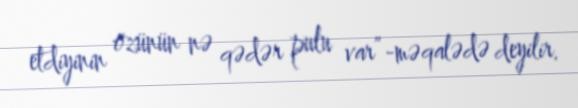
etdiyinin özünün nə qədər pulu var”-məqalədə deyilir.